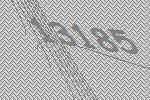
13185